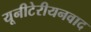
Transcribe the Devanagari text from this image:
यूनीटेरीयनवाद